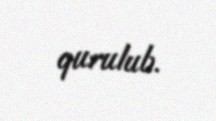
qurulub.